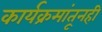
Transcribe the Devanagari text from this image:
कार्यक्रमांतूनही